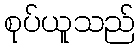
စုပ်ယူသည်